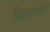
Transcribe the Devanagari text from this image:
सिलवरथॉर्न